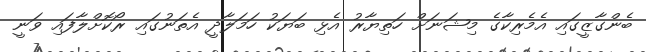
ބެންގާޒީގައި އެމެރިކާގެ މިޝަނަށް ހަތިޔާރު އެޅި ބަޔަކު ހަމަލާދީ އެތަނުގައި ރޯކޮށްލާފައި ވަނީ